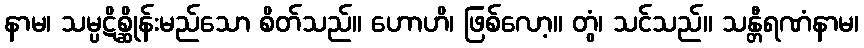
နာမ၊ သမ္ပဋိစ္ဆိုန်းမည်သော စိတ်သည်။ ဟောဟိ၊ ဖြစ်လော့။ တွံ၊ သင်သည်။ သန္တီရဏံနာမ၊